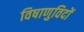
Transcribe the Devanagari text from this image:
विषाणुविदों